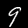
Label: 9